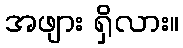
အဖျား ရှိလား။